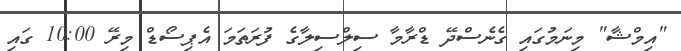
"އިމްޝާ" މިނަމުގައި ގެނެސްދޭ ޑްރާމާ ސިލްސިލާގެ ފުރަތަމަ އެޕިސޯޑް މިރޭ 10:00 ގައި